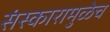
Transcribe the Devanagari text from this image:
संस्कारामुळेच